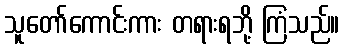
သူတော်ကောင်းကား တရားရဘို့ ကြံသည်။